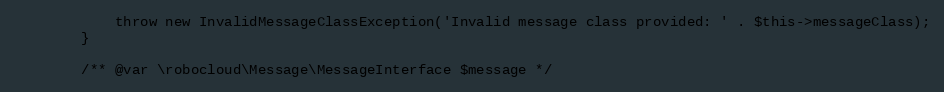
Language: PHP
            throw new InvalidMessageClassException('Invalid message class provided: ' . $this->messageClass);
        }

        /** @var \robocloud\Message\MessageInterface $message */